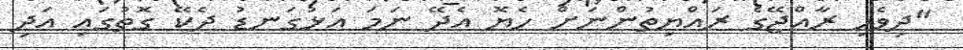
"ދިވެހި ރާއްޖޭގެ ރައްޔިތުންނަށް ހެޔޮ އެދޭ ނަމަ އަޅުގަނޑު ދެކޭ ގޮތުގައި އަދި